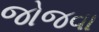
જોજવા